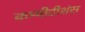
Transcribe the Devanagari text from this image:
कम्पीटीशंस